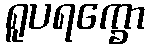
ရူပရက္ခော